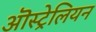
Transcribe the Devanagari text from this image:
ऒस्ट्रेलियन